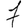
Digit: 7